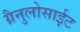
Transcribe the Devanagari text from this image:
ग्रैनुलोसाईट